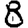
Digit: 8